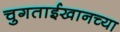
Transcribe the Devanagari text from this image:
चुगताईखानच्या